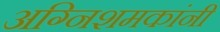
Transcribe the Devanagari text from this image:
अग्निशमकांनी